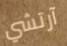
آرتشي